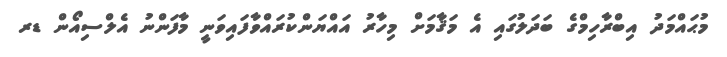
މުޙައްމަދު އިބްރާހިމްގެ ބަދަލުގައި އެ މަޤާމަށް މިހާރު އައްޔަންކުރައްވާފައިވަނީ މާފަންނު އެލްސިއޯން ޑރ